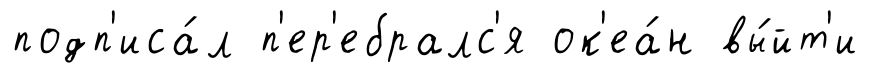
подп'иса́л п'ер'ебралс'я ок'еа́н вы́йт'и